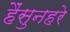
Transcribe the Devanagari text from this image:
हैंसुनहरे